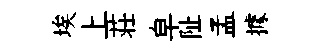
埃上荘皁阯孟據